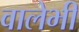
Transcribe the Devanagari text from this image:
वालेभी